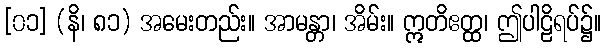
[၀၁] (နိ၊ ၈၁) အမေးတည်း။ အာမန္တာ၊ အိမ်း။ ဣတိဧတ္ထ၊ ဤပါဠိရပ်၌။